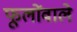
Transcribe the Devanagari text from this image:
फूलोंवाले